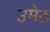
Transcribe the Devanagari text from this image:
उमेठ